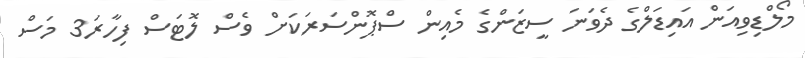
މޯލްޑިވިއަން އައިޑަލްގެ ދެވަނަ ސީޒަންގެ މެއިން ސްޕޮންސަރަކަށް ވެސް ލޮޓަސް ފިހާރަ3 މަސް